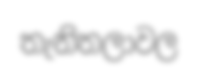
තැනිතලාවල